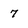
Character: 7